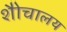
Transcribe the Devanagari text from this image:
शैोचालय